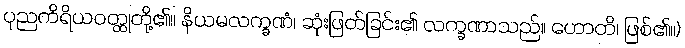
ပုညကိရိယဝတ္ထုတို့၏။ နိယမလက္ခဏံ၊ ဆုံးဖြတ်ခြင်း၏ လက္ခဏာသည်။ ဟောတိ၊ ဖြစ်၏။)